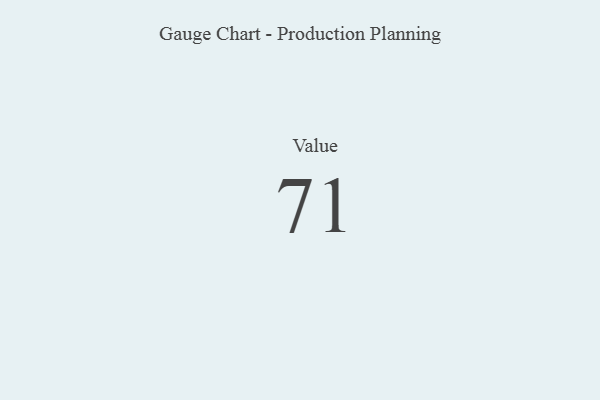
{"axis": {"x": "Metric", "y": "Value"}, "legend": [""], "data": [{"x": "Value", "y": 71, "type": ""}]}